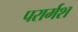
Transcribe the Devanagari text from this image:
परार्मश